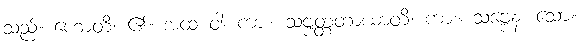
သည်။ ဟောတိ၊ ၏။ အထ ဝါ၊ ကား။ သဗ္ဗတ္တတာယာတိ၊ ကား။ သဗ္ဗေန၊ သော။